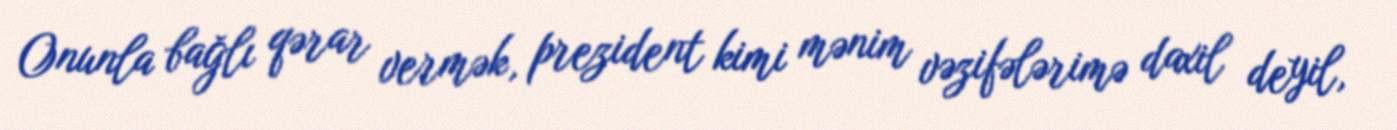
Onunla bağlı qərar vermək, prezident kimi mənim vəzifələrimə daxil deyil,